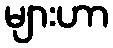
များဟာ